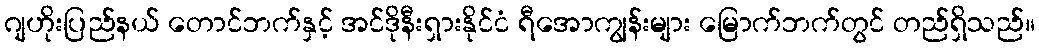
ဂျဟိုးပြည်နယ် တောင်ဘက်နှင့် အင်ဒိုနီးရှားနိုင်ငံ ရီအောကျွန်းများ မြောက်ဘက်တွင် တည်ရှိသည်။